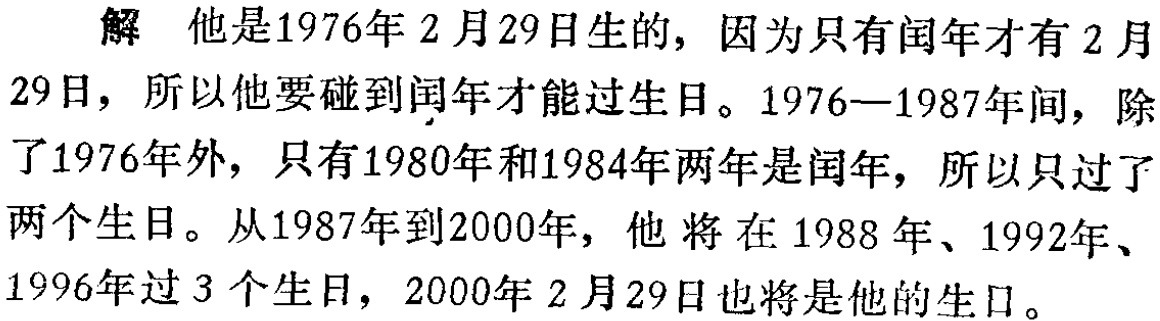
解 他是1976年2月29日生的, 因为只有闰年才有2 月

29日，所以他要碰到闰年才能过生日。1976—1987年间，除

了1976年外，只有1980年和1984年两年是闰年，所以只过了

两个生日。从1987年到2000年，他 将在1988年、1992年、

1996年过3个生日，2000年2月29日也将是他的生日。